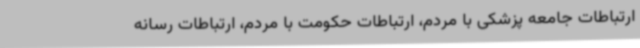
ارتباطات جامعه پزشکی با مردم، ارتباطات حکومت با مردم، ارتباطات رسانه